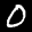
Label: 0